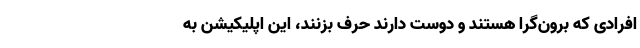
افرادی که برون‌گرا هستند و دوست دارند حرف بزنند، این اپلیکیشن به